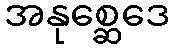
အနုစ္ဆေဒေ